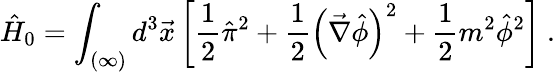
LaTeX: \hat{H}_{0}=\int_{(\infty)}d^{3}\vec{x}\left[\frac{1}{2}\hat{\pi}^{2}+\frac{1}{2}\left(\vec{\nabla}\hat{\phi}\right)^{2}+\frac{1}{2}m^{2}\hat{\phi}^{2}\right]\ .